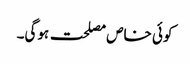
کوئی خاص مصلحت ہوگی۔